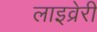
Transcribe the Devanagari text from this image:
लाइव्रेरी